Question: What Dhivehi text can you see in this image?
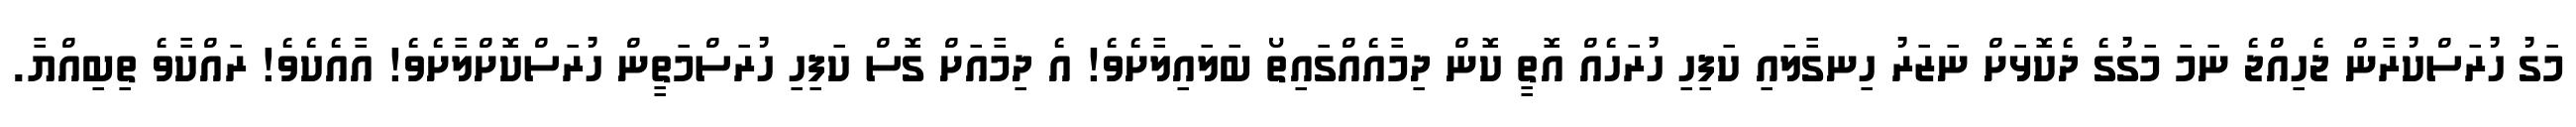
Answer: މަގު ހުރަސްކުރާން ޖެހިއްޖެ ނަމަ މަގުގެ ދެކޮޅަށް ނަޒަރު ހިނގާލައި ކަފިހި ހުރަހެއް އޮތީ ކޮން ދިމާއެއްގައިތޯ ބަލައިލާށެވެ! އެ ދިމާއަށް ގޮސް ކަފިހި ހުރަސްމަތީން ހުރަސްކޮށްލާށެވެ! އާއެކެވެ! ރައްކާވެ ތިބިއްޔާ.